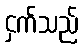
ငှက်သည်